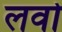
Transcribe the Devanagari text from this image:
लवो